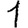
Digit: 1